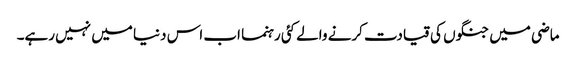
ماضی میں جنگوں کی قیادت کرنے والے کئی رہنما اب اس دنیا میں نہیں رہے۔